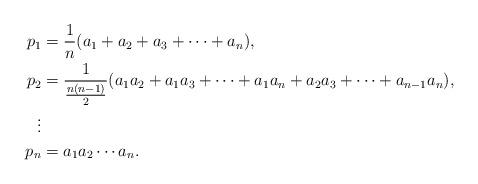
LaTeX: \begin{align*}p_1&=\frac{1}{n}(a_1 +a_2 +a_3 + \cdots +a_n), \\p_2&=\frac{1}{\frac{n(n-1)}{2}}(a_1a_2 +a_1a_3 + \cdots + a_1a_n +a_2a_3 + \cdots + a_{n-1}a_n),\\\vdots \\p_n&=a_1a_2 \cdots a_n.\end{align*}